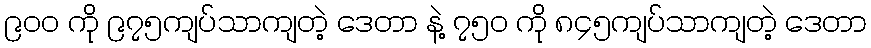
၉၀၀ ကို ၉၇၅ကျပ်သာကျတဲ့ ဒေတာ နဲ့ ၇၅၀ ကို ၈၄၅ကျပ်သာကျတဲ့ ဒေတာ